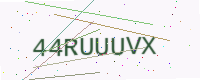
Text: 44RUUUVX